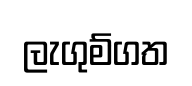
ලැගුම්ගත